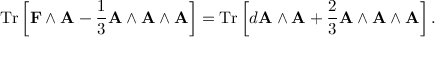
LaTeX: \operatorname { T r } \left[ \mathbf { F } \wedge \mathbf { A } - { \frac { 1 } { 3 } } \mathbf { A } \wedge \mathbf { A } \wedge \mathbf { A } \right] = \operatorname { T r } \left[ d \mathbf { A } \wedge \mathbf { A } + { \frac { 2 } { 3 } } \mathbf { A } \wedge \mathbf { A } \wedge \mathbf { A } \right] .